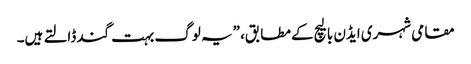
مقامی شہری ایڈن بالیچ کے مطابق، ”یہ لوگ بہت گند ڈالتے ہیں۔